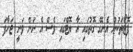
ފޮޓޯތަކުން އެނގޭ ގޮތުގައި އާ ޔޮޓްގައި ވެސް އެ ނަން ވަނީ ޖަހާފަ